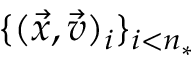
\{ ( \vec { x } , \vec { v } ) _ { i } \} _ { i < n _ { * } }